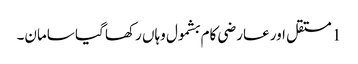
1 مستقل اور عارضی کام بشمول وہاں رکھا گیا سامان۔